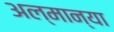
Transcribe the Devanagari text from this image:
अल्मान्या